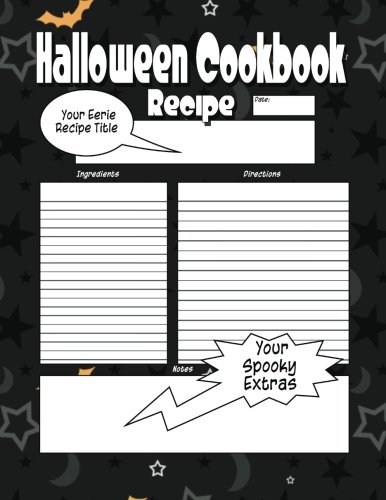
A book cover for Halloween Cookbook: The Worlds Most Spooktacular Halloween Cookbook You Now Want!; C. M. Harris; Cookbooks, Food & Wine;